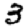
Digit: 3